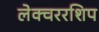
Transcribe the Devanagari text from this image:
लेक्चररशिप